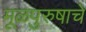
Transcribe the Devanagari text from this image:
मूळपुरुषाचे